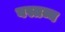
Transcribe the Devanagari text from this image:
वस्तव्य